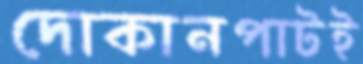
দোকানপাটই